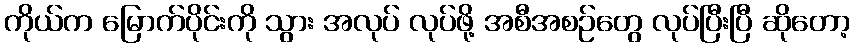
ကိုယ်က မြောက်ပိုင်းကို သွား အလုပ် လုပ်ဖို့ အစီအစဉ်တွေ လုပ်ပြီးပြီ ဆိုတော့